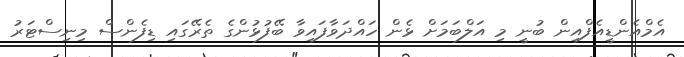
އެމްއެންޑީއެފްއިން ބުނީ މި އަލްބަމަށް ޅެން ހައްދަވާފައިވާ ބޭފުޅުންގެ ތެރޭގައި ޑިފެންސް މިނިސްޓަރު